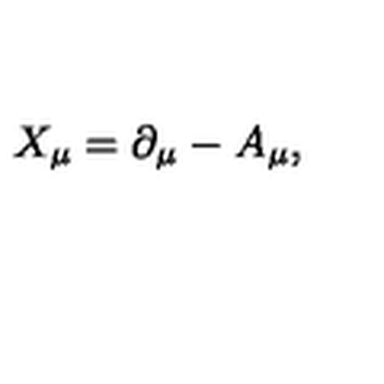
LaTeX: X _ { \mu } = \partial _ { \mu } - A _ { \mu } ,